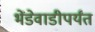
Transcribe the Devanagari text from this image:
भेंडेवाडीपर्यंत